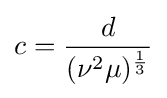
c={\frac {d}{(\nu ^{2}\mu )^{\frac {1}{3}}}}\,\!